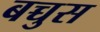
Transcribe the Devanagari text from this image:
बच्चुस